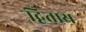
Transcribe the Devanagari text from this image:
द्विताय